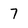
Character: 7